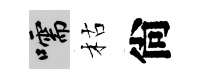
嚅枯尙